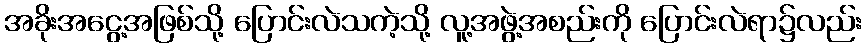
အခိုးအငွေ့အဖြစ်သို့ ပြောင်းလဲသကဲ့သို့ လူ့အဖွဲ့အစည်းကို ပြောင်းလဲရာ၌လည်း